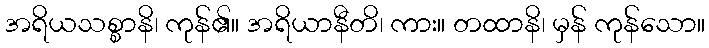
အရိယသစ္စာနိ၊ ကုန်၏။ အရိယာနီတိ၊ ကား။ တထာနိ၊ မှန် ကုန်သော။